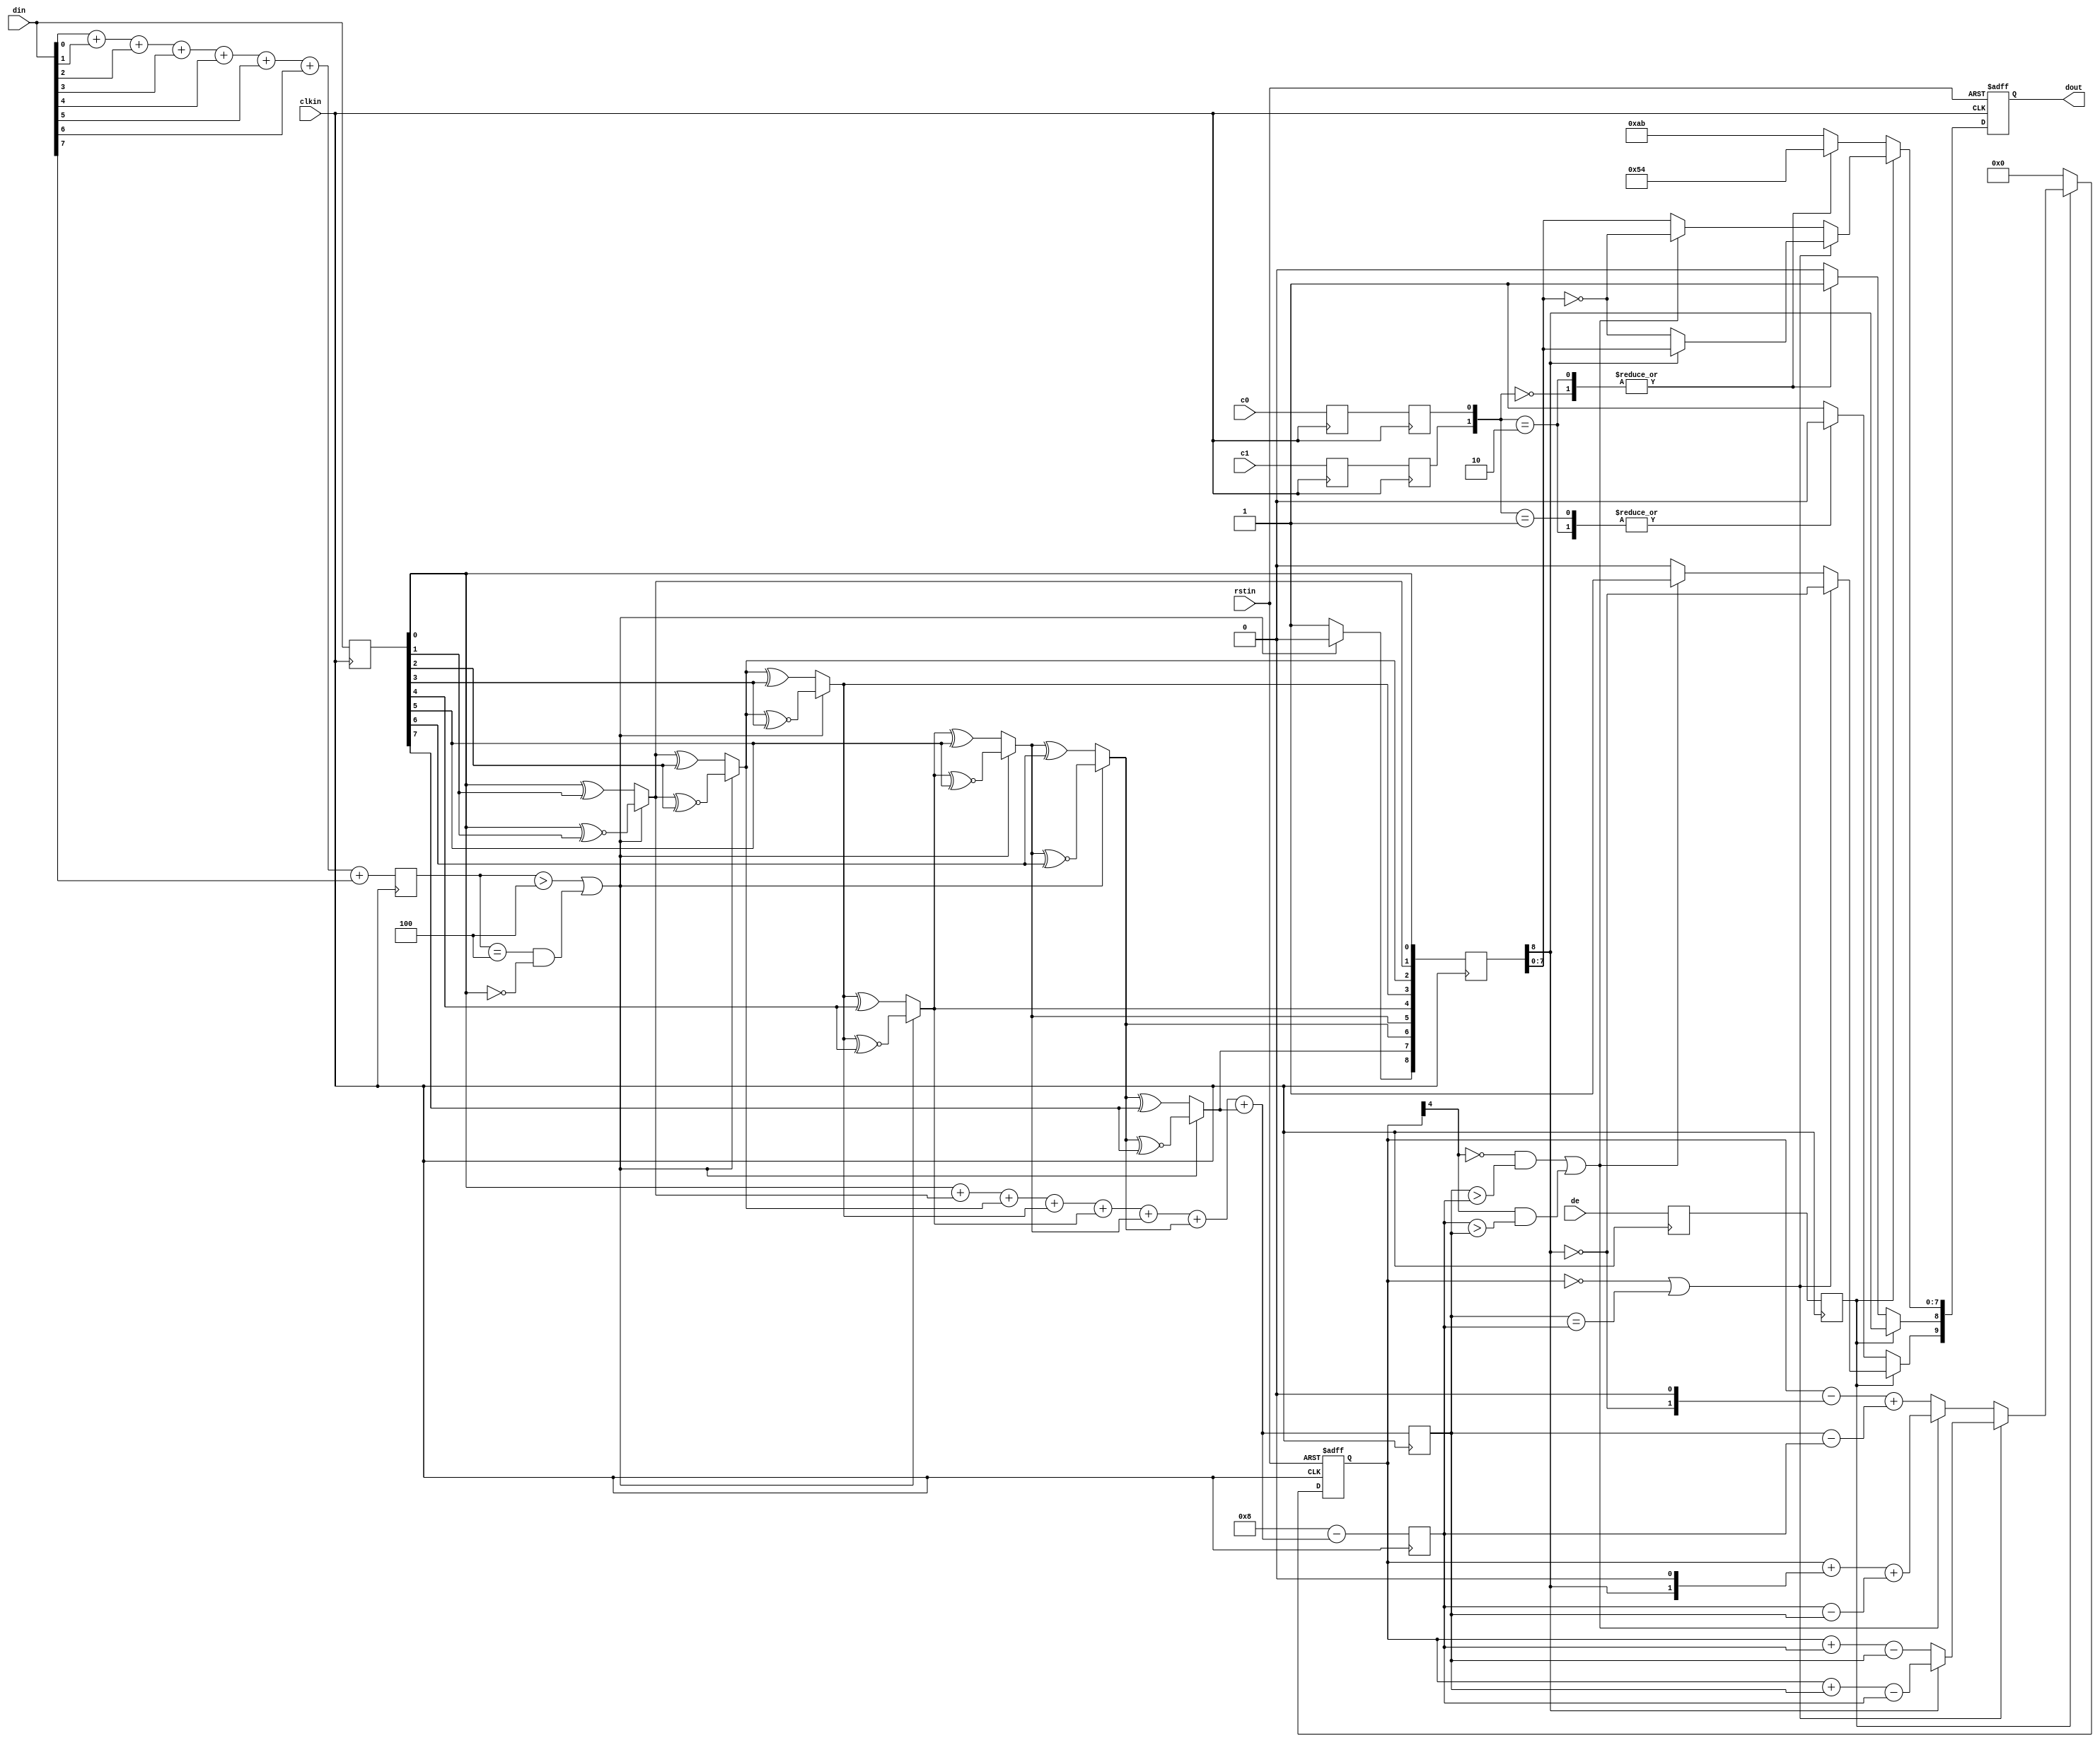
module encode (
  input clkin,
  input rstin,
  input [7:0] din,
  input c0,
  input c1,
  input de,
  output [9:0] dout
);

  reg [3:0] n1d;
  reg [7:0] din_q;

  always @ (posedge clkin) begin
    n1d <=#1 din[0] + din[1] + din[2] + din[3] + din[4] + din[5] + din[6] + din[7];
    din_q <=#1 din;
  end

  wire decision1 = (n1d > 4'h4) | ((n1d == 4'h4) & (din_q[0] == 1'b0));

  wire [8:0] q_m;
  assign q_m[0] = din_q[0];
  assign q_m[1] = (decision1) ? (q_m[0] ^~ din_q[1]) : (q_m[0] ^ din_q[1]);
  assign q_m[2] = (decision1) ? (q_m[1] ^~ din_q[2]) : (q_m[1] ^ din_q[2]);
  assign q_m[3] = (decision1) ? (q_m[2] ^~ din_q[3]) : (q_m[2] ^ din_q[3]);
  assign q_m[4] = (decision1) ? (q_m[3] ^~ din_q[4]) : (q_m[3] ^ din_q[4]);
  assign q_m[5] = (decision1) ? (q_m[4] ^~ din_q[5]) : (q_m[4] ^ din_q[5]);
  assign q_m[6] = (decision1) ? (q_m[5] ^~ din_q[6]) : (q_m[5] ^ din_q[6]);
  assign q_m[7] = (decision1) ? (q_m[6] ^~ din_q[7]) : (q_m[6] ^ din_q[7]);
  assign q_m[8] = (decision1) ? 1'b0 : 1'b1;

  reg [3:0] n1q_m, n0q_m;
  always @ (posedge clkin) begin
    n1q_m  <=#1 q_m[0] + q_m[1] + q_m[2] + q_m[3] + q_m[4] + q_m[5] + q_m[6] + q_m[7];
    n0q_m  <=#1 4'h8 - (q_m[0] + q_m[1] + q_m[2] + q_m[3] + q_m[4] + q_m[5] + q_m[6] + q_m[7]);
  end

  parameter CTRLTOKEN0 = 10'b1101010100;
  parameter CTRLTOKEN1 = 10'b0010101011;
  parameter CTRLTOKEN2 = 10'b0101010100;
  parameter CTRLTOKEN3 = 10'b1010101011;

  reg [4:0] cnt;

  wire decision2 = (cnt == 5'h0) | (n1q_m == n0q_m);
  wire decision3 = (~cnt[4] & (n1q_m > n0q_m)) | (cnt[4] & (n0q_m > n1q_m));

  reg       de_q, de_reg;
  reg       c0_q, c1_q;
  reg       c0_reg, c1_reg;
  reg [8:0] q_m_reg;

  always @ (posedge clkin) begin
    de_q    <=#1 de;
    de_reg  <=#1 de_q;
    
    c0_q    <=#1 c0;
    c0_reg  <=#1 c0_q;
    c1_q    <=#1 c1;
    c1_reg  <=#1 c1_q;

    q_m_reg <=#1 q_m;
  end

  reg [9:0] dout;

  always @ (posedge clkin or posedge rstin) begin
    if(rstin) begin
      dout <= 10'h0;
      cnt <= 5'h0;
    end else begin
      if (de_reg) begin
        if(decision2) begin
          dout[9]   <=#1 ~q_m_reg[8]; 
          dout[8]   <=#1 q_m_reg[8]; 
          dout[7:0] <=#1 (q_m_reg[8]) ? q_m_reg[7:0] : ~q_m_reg[7:0];

          cnt <=#1 (~q_m_reg[8]) ? (cnt + n0q_m - n1q_m) : (cnt + n1q_m - n0q_m);
        end else begin
          if(decision3) begin
            dout[9]   <=#1 1'b1;
            dout[8]   <=#1 q_m_reg[8];
            dout[7:0] <=#1 ~q_m_reg[7:0];

            cnt <=#1 cnt + {q_m_reg[8], 1'b0} + (n0q_m - n1q_m);
          end else begin
            dout[9]   <=#1 1'b0;
            dout[8]   <=#1 q_m_reg[8];
            dout[7:0] <=#1 q_m_reg[7:0];

            cnt <=#1 cnt - {~q_m_reg[8], 1'b0} + (n1q_m - n0q_m);
          end
        end
      end else begin
        case ({c1_reg, c0_reg})
          2'b00:   dout <=#1 CTRLTOKEN0;
          2'b01:   dout <=#1 CTRLTOKEN1;
          2'b10:   dout <=#1 CTRLTOKEN2;
          default: dout <=#1 CTRLTOKEN3;
        endcase

        cnt <=#1 5'h0;
      end
    end
  end
  
endmodule